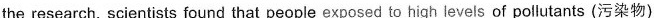
the research, scientists found that people exposed to high leve!s of pollutants (污染物)